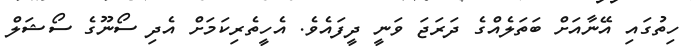
ހިތުގައި އޭނާއަށް ބަތަލެއްގެ ދަރަޖަ ވަނީ ދީފައެވެ. އެހީތެރިކަމަށް އެދި ސޯނޫގެ ސޯޝަލް